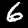
Label: 6